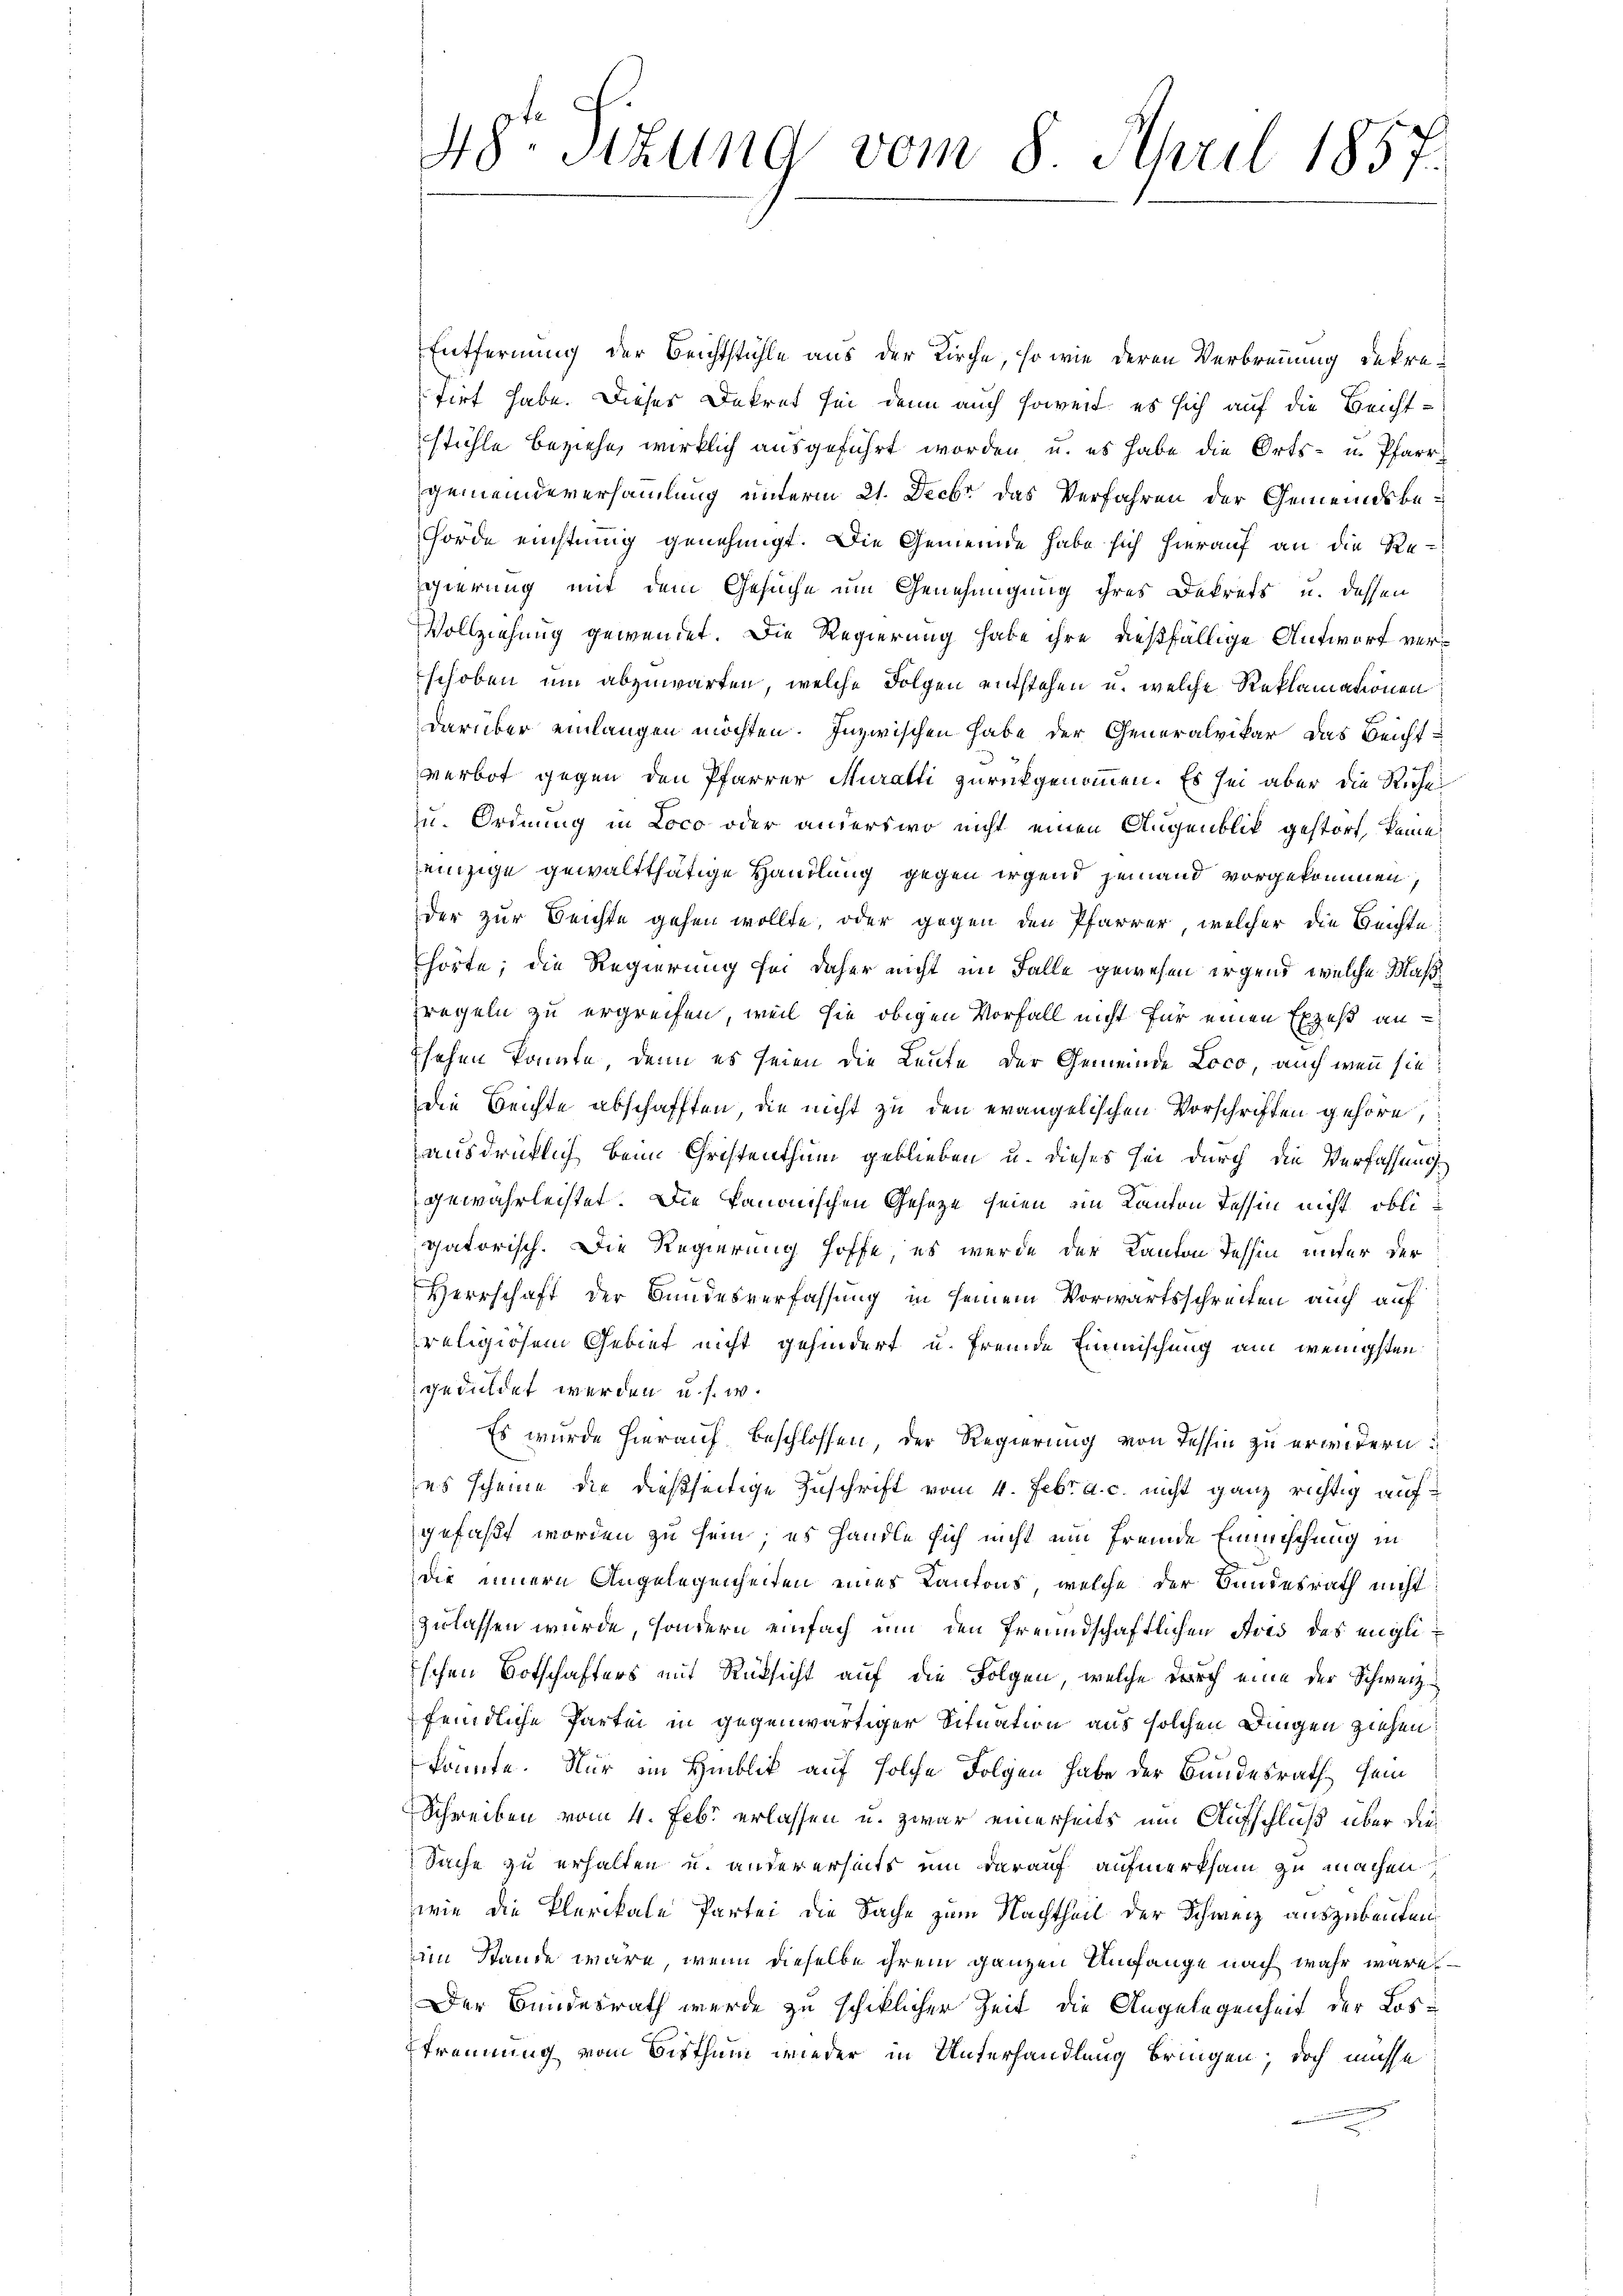
Entfernung der Beichtstühle aus der Kirche, so wie deren Verbrennung dekretirt habe. Dieses Dekret sei denn auch soweit es sich auf die Beicht-
stühle beziehe, wirklich ausgeführt worden, u. es habe die Orts- u. Pfarrgemeindeversammlung unterm 21. Decbr das Verfahren der Gemeindsbeörde einstimig genehmigt. Die Gemeinde habe sich hierauf an die Reschierung mit dem Gesuche um Genehmigung ihres Dekrets u. dessen
Vollziehung gewendet. Die Regierung habe ihre dießfällige Antwort verschoben um abzuwarten, welche Folgen entstehen u. welche Reklamationen
darüber einlangen möchten. Inzwischen habe der Generalvikar das Beicht-
verbot gegen den Pfarrer Muratti zurückgenommen. Es sei aber die Riche
u. Ordnung in Loco oder anderswo nicht einen Augenblick gestorf keine
einzige gewaltthätige Handlung gegen irgend jemand vorgekommen,
der zur Beichte gehen wollte, oder gegen den Pfarrer, welcher die Beichte
Ehörte; die Regierung sei daher nicht im Falle gewesen irgend, welche Maßregeln zu ergreifen, weil sie obigen Vorfall nicht für einen Exzeß an
sehen konnte, denn es seien die Leute der Gemeinde Loco, auch wenn sie:
die Beichte abschafften, die nicht zu den evangelischen Vorschriften gehöre,
ausdrücklich beim Christenthum geblieben u. dieses sei durch die Verfassung
gewährleistet. Die kanonischen Gesetze seien im Kanton Tessin nicht obligatorisch. Die Regierung hoffe, es wurde der Kanton Tessin unter der
Herrschaft der Bundesverfassung in seinem Vorwärtsschreiten auch auf
religiösem Gebiet nicht gehindert u. fremde Einmischung am wenigsten
geduldet werden u. s. w.
Es wurde hierauf beschlossen, der Regierung von Tessin zu erwidern:
es scheine die dießseitige Zuschrift vom 4. Febr. a. c. nicht ganz richtig aufgefaßt worden zu sein; es handle sich nicht um fremde Einmischung in
die innern Angelegenheiten eines Kantons, welche der Bundesrath nicht
zulassen wurde, sondern einfach um den freundschaftlichen Avis des englischen Botschafters mit Rücksicht auf die Folgen, welche durch eine der Schweiz
feindliche Partei in gegenwärtiger Situation aus solchen Dingen ziehen
könnte. Nur im Hinblick auf solche Folgen habe der Bundesrath sein
Schreiben vom 4. Febr. erlassen u. zwar einerseits um Aufschluß über die¬
Sache zu erhalten u. andererseits ein darauf aufmerksam zu machen
wie die Plerikale Partei die Sache zum Nachtheil der Schweiz auszubeuten
im Stande wäre, wenn dieselbe ihrem ganzen Umfange nach wahr wäre
Der Bundesrath wurde zu schiklicher Zeit die Angelegenheit der Lostrennung vom Bisthum wieder in Unterhandlung bringen, doch müsse

48-Sitzung vom 8. April 1857.